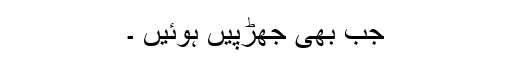
جب بھی جھڑپیں ہوئیں ۔